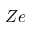
Z e